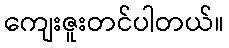
ကျေးဇူးတင်ပါတယ်။